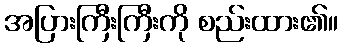
အပြားကြီးကြီးကို စည်းထား၏။